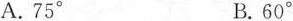
A.75° B.60°